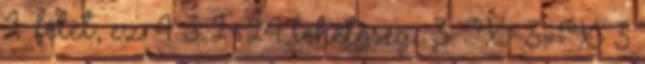
2-félét, ez 4 3 2=24 lehetőség. 3. X-3=X 3